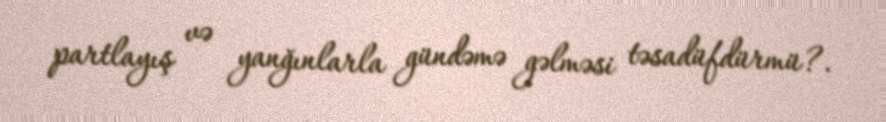
partlayış və yanğınlarla gündəmə gəlməsi təsadüfdürmü?.